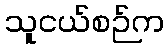
သူငယ်စဉ်က